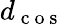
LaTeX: d_{\mathrm{~c~o~s~}}